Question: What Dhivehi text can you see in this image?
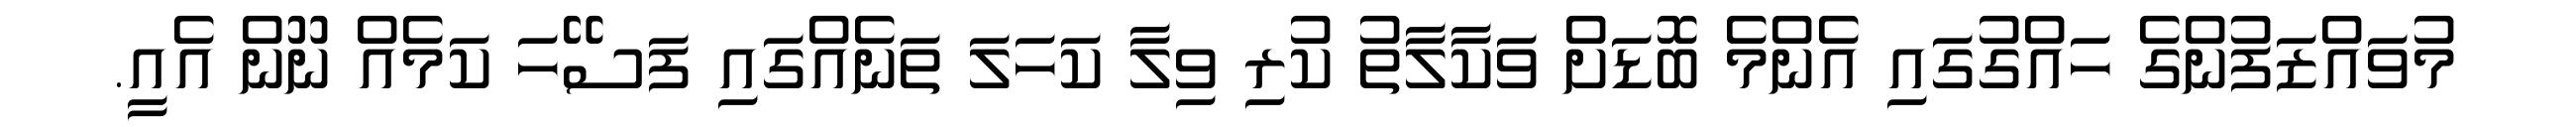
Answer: މުވައްޒަފުންގެ ހައްގުގައި އެންމެ ބޮޑަށް ވަކާލާތު ކުރި ވިލާ ކަހަލަ ތަނެއްގައި ފަސޭހަ ކަމެއް ނޫން އެއީ.